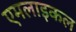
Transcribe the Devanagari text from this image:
एमलाइकल